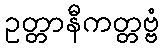
ဥတ္တာနီကတ္တဗ္ဗံ